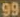
99